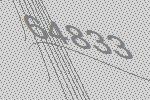
64833